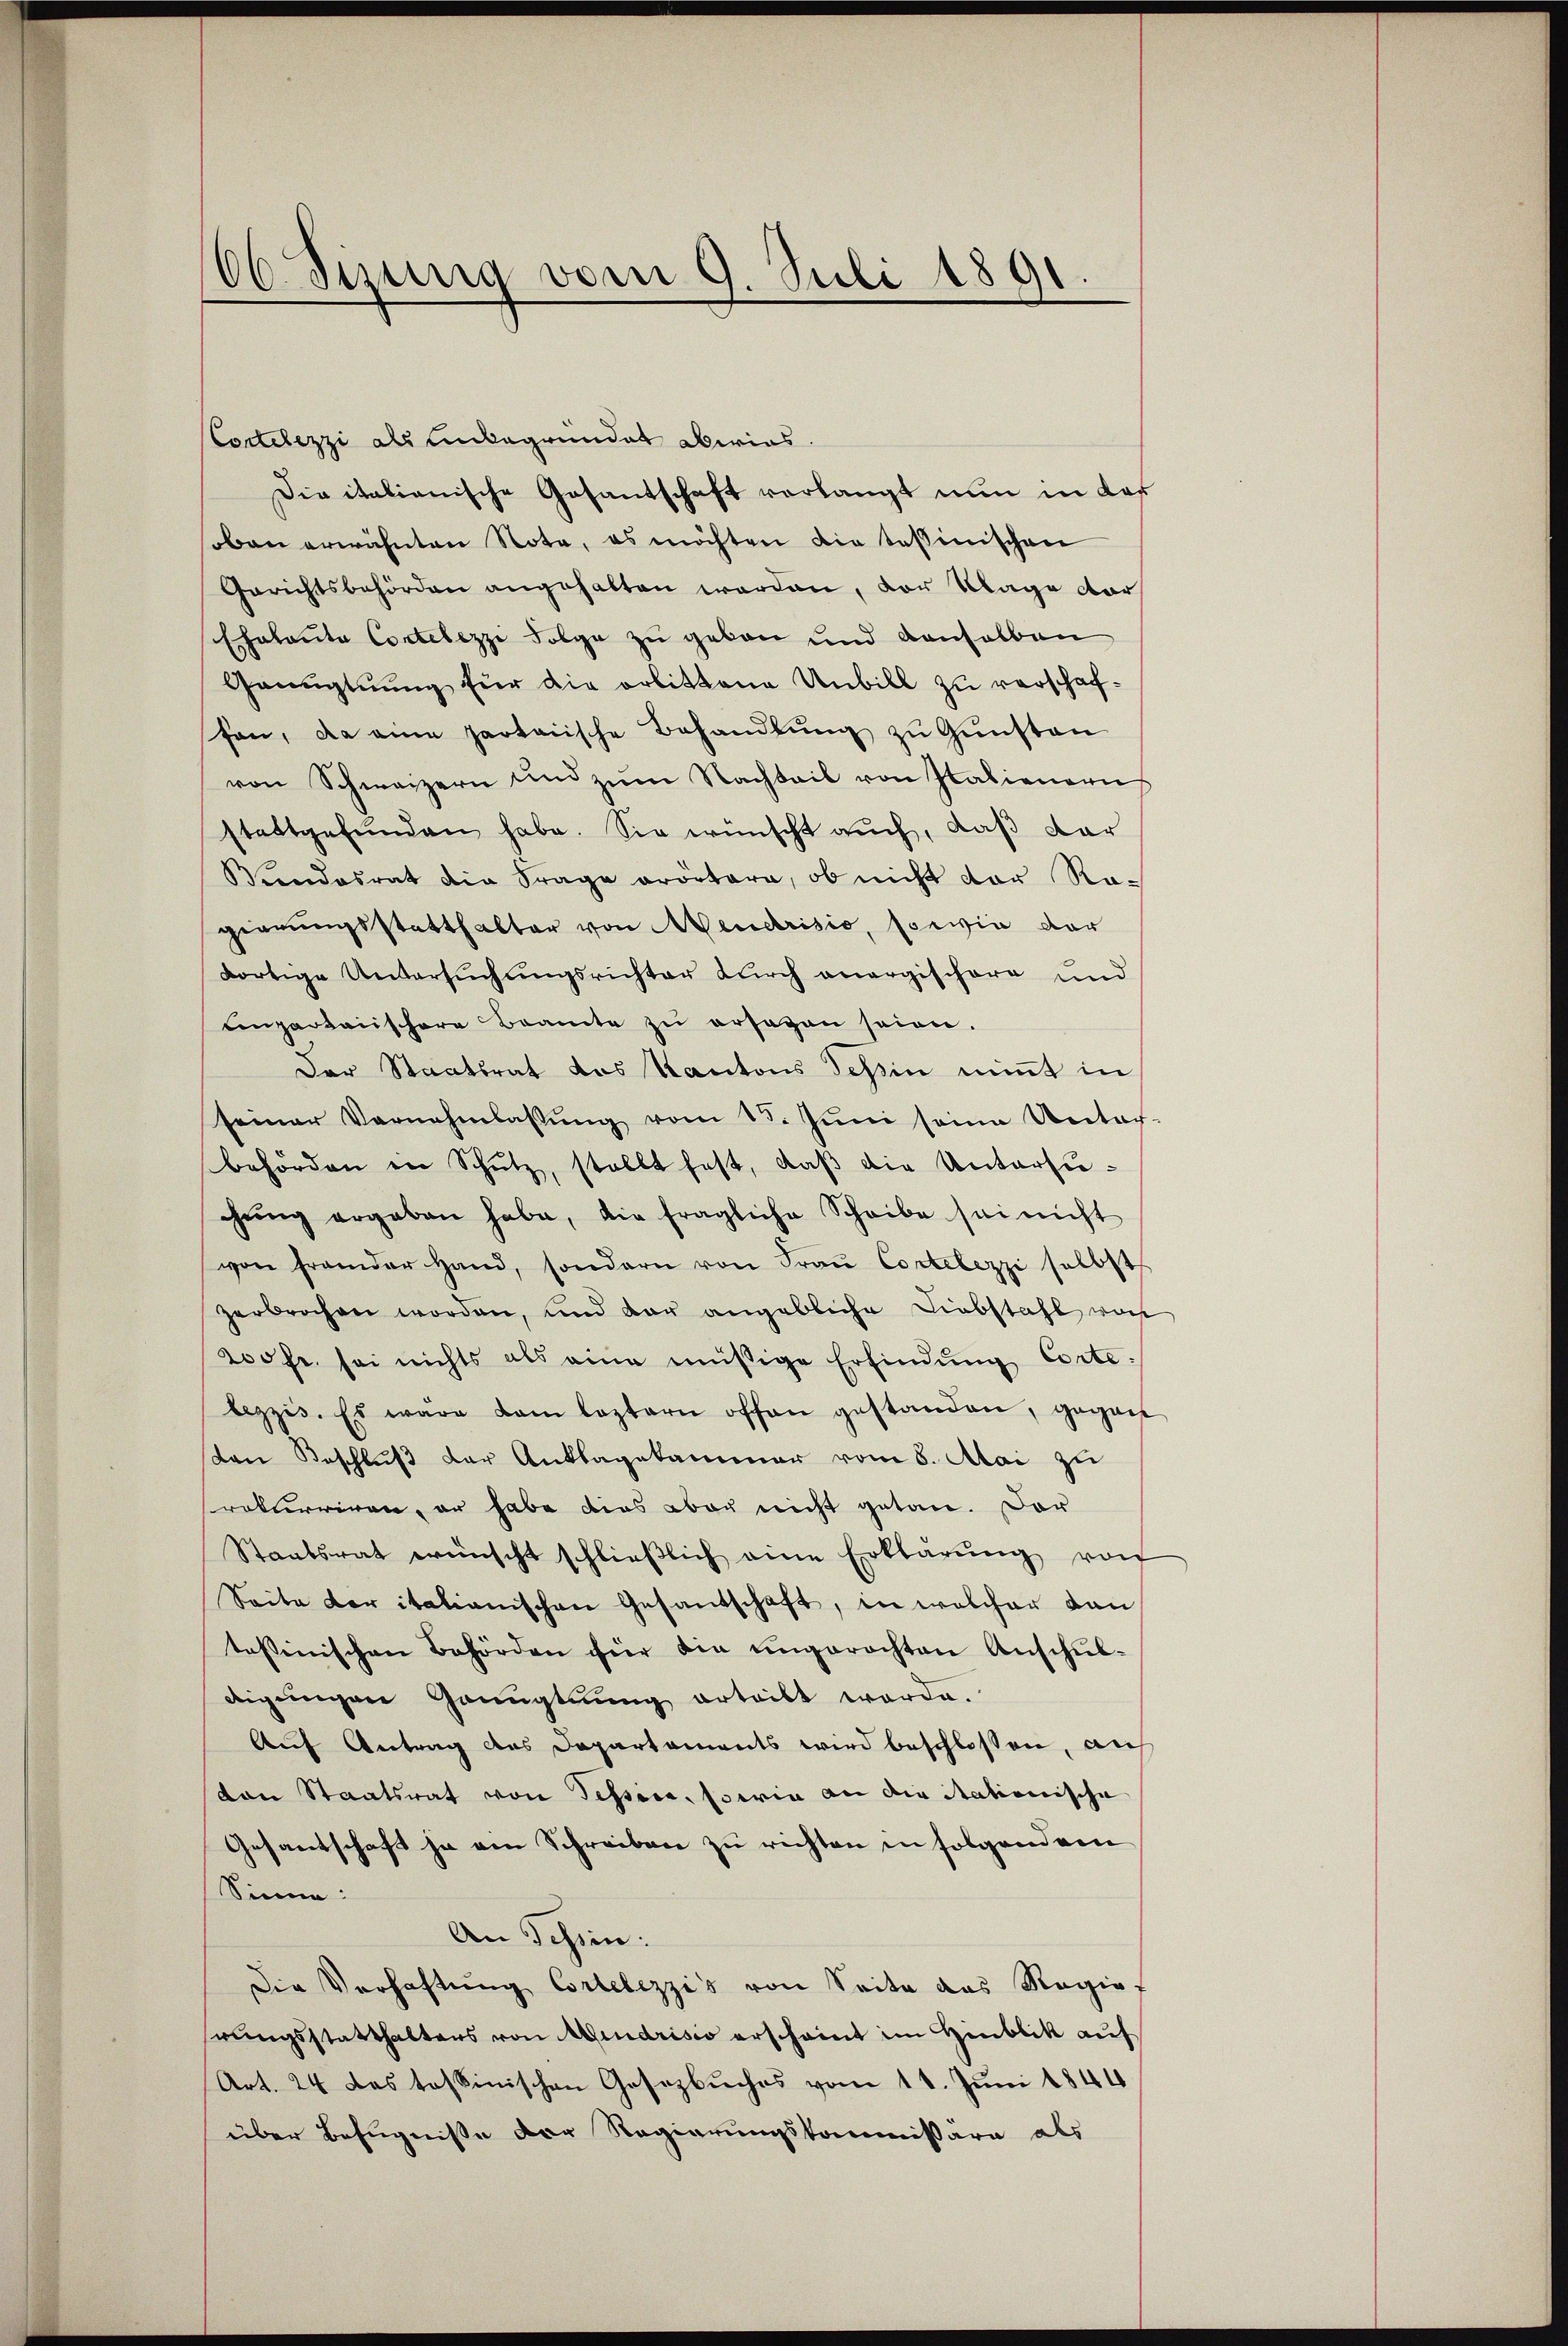
66. Sizung vom 9. Juli 1891.

Cortelezzi als unbegründet abwies.
Dipitalianische Gesantschaft verlangt nun in dar
oben erwähnten Note, es möchten die tessinischen
Gerichtsbehörden angehalten worden, vor Klage cor
Ehalanta Contelezzi Folge zu geben und denselben
Genugtuung für die orbittene Unbill zu verschaffan, da eine partarische Behandlung zu Gunsten
von Schweizern und zum Nachbail von Italienern
stattgefŭnden habe. Sie wünscht auch, daß dar
Wundesrat die Frage erörtare, ob nicht vor Ragierungsstatthalter von Mendrisio, sowie dar
dortige Untersŭchŭngsrichter durch anergischere und
Einpartarischere Beamte zŭ ersagen seien.
Der Staatsrat des Kantons Tessin nimmt in
seiner Vernehmlassŭng vom 15. Jŭni seine Unter-
behörden in Schutz, stellt hast, daβ die Untersuchŭng ergeben habe, die fragliche Scheibe sei nicht
von Frander Hand, sondern von Fraŭ Cortelezzi selbst
zerbrochen worden, und der angebliche Liebstahl von
200 fr. sei nichts als eine müßige Erfindŭng Corte:
lezzis. Es wäre kam leztern offen gestanden, gegen
ton Beschluß der Anklagekammer vom 8. Mai zu
rekurriren, er habe dies aber nicht getan. Dar
Staatsrat wünscht schlieβlich eine Erklärŭng von
Seite der itationischen Gesandschaft, in welcher dan
tessinischen Behörden für die ŭngerachten Anschŭl-
digungen Grünglung erteilt werde.
Auf Antrag des Dapartaments wird beschlossen, auf
von Staatsrat von Tessin, sowie an die Stationische
Gesantschaft ja am Schreiben zu richten in folgendem
Sinne:
An Schein:
Die Verhaftung Cortelezzis von Seite das Ragiof
hrungsstatthalters von Mendrisio erscheint im Hinblik auf
Art. 24 das tessinischen Gesetzbuches vom 11. Juni 1844
über Befugniße der Regierungskommissäre als